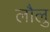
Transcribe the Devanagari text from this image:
लौलु